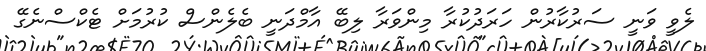
ލެވީ ވަނީ ސަރުކާރުން ހަރަދުކުރާ މިންވަރާ ލިބޭ އާމްދަނީ ބެލެންސް ކުރުމަށް ޓެކްސްނެގޭ